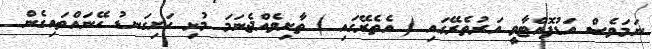
ނަމަވެސް އަޑުފޮއްޓާވީ އަރުތެރޭގައި ( އެތެރޭގައި ) ތާށިވެއްޖެނަމަ މުޅި ހަށިގަނޑު ހޭނައްތައިގެން